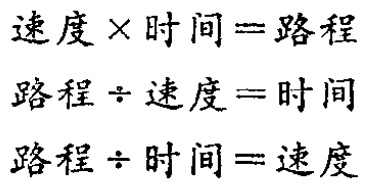
\[

\begin{align*}

速度\times时间&=路程\\

路程\div速度&=时间\\

路程\div时间&=速度

\end{align*}

\]